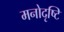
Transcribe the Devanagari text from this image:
मनोदृष्टि